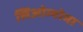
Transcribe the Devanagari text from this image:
लिओम्योमा